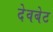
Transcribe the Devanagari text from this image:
देवबेट